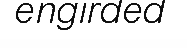
engirded